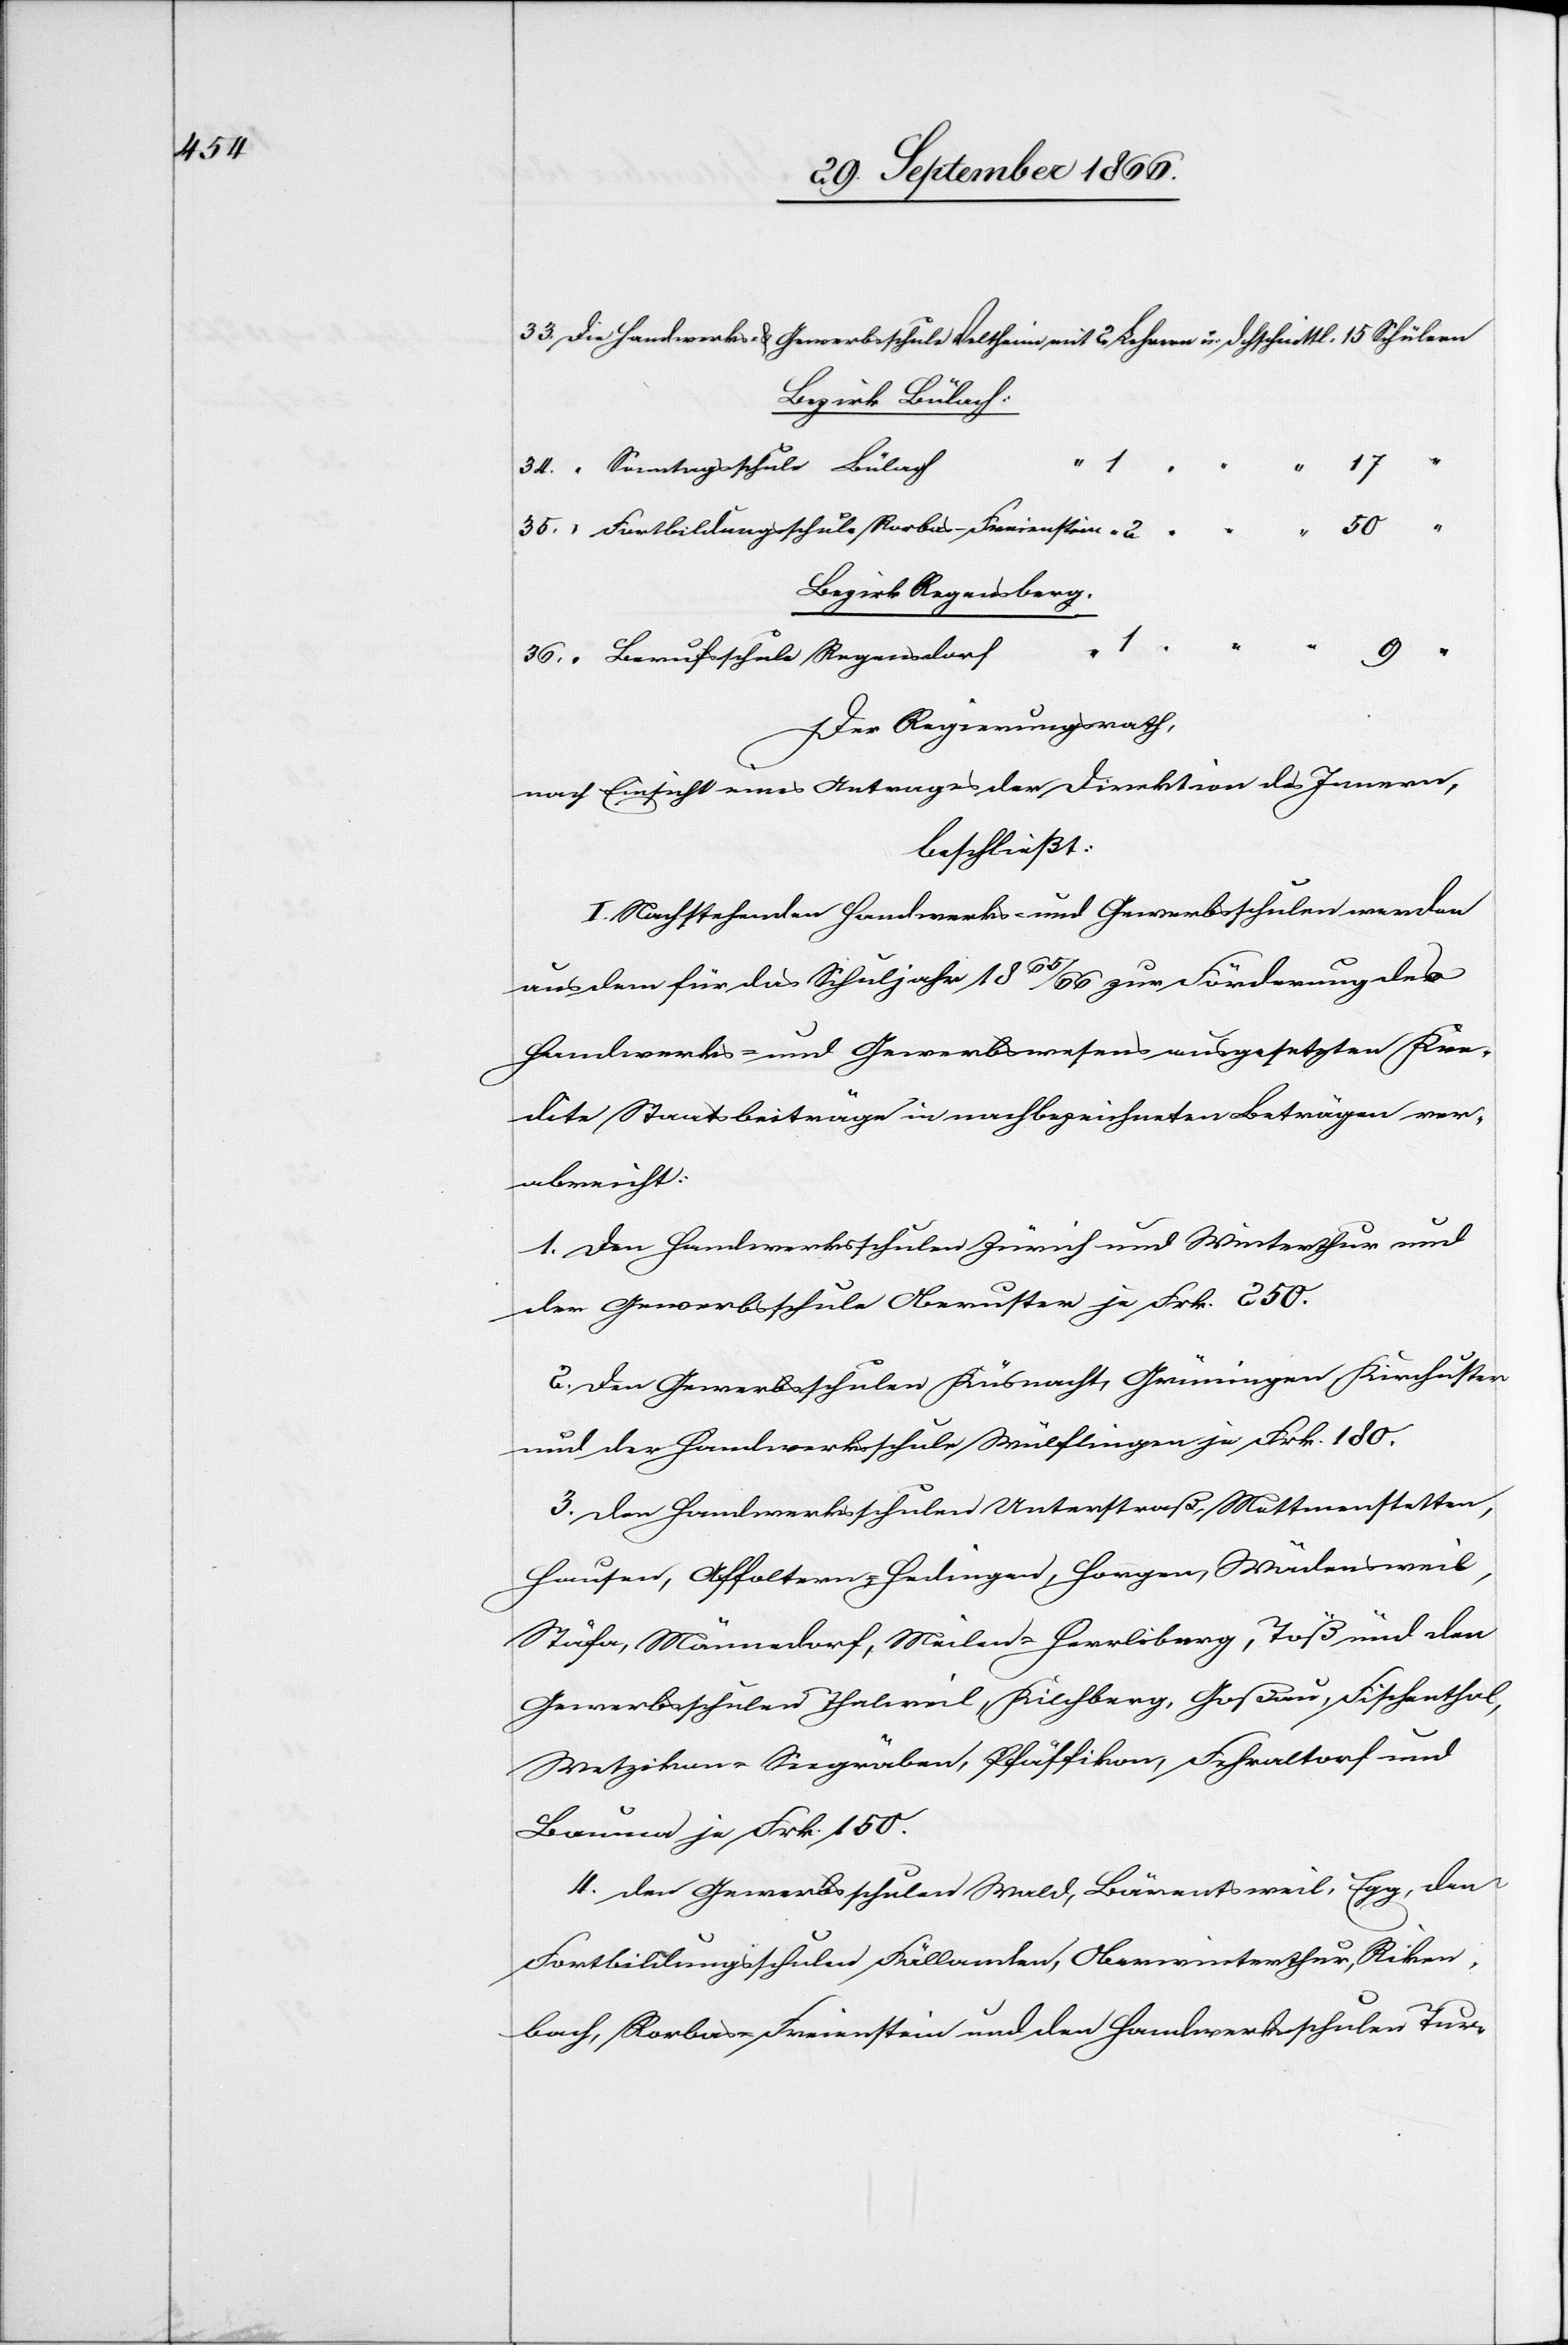
Bezirk Bülach.
35.
Bezirk Regensberg.
Der Regierungsrath,
nach Einsicht eines Antrages der Direktion des Innern,
beschließt:
I. Nachstehenden Handwerks- und Gewerbsschulen werden
aus dem für das Schuljahr 1865/66 zur Förderung des
Handwerks- und Gewerbswesens ausgesetzten Kre¬
dite Staatsbeiträge in nachbezeichneten Beträgen ver¬
abreicht:
1. Den Handwerksschulen Zürich und Winterthur und
der Gewerbsschule Oberuster je Frk. 250.
2. Den Gewerbsschulen Küsnacht, Grüningen, Kirchuster
und der Handwerksschule Wülflingen je Frk. 180.
3. Den Handwerksschulen Unterstraß, Mettmenstetten,
Hausen, Affoltern-Hedingen, Horgen, Wädensweil,
Stäfa, Männedorf, Meilen-Herrliberg, Goßau,
Wetzikon, Seegräben, Pfäffikon, Fehraltorf und
Bauma je Frk. 150.
4. Den Gewerbsschulen Wald, Bärentsweil, Egg, den
Fortbildungsschulen Fällanden, Oberwinterthur, Riken¬
bach, Rorbas-Freienstein und den Handwerksschulen Tur-